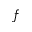
f